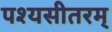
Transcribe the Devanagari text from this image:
पश्यसीतरम्